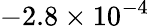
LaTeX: -2.8\times 10^{-4}